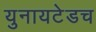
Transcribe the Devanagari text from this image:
युनायटेडच